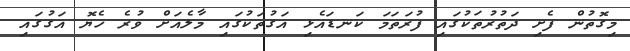
މިގޮތުން ފެށި ދަތުރުތަކުގައި ފުރަތަމަ ކަނޑައެޅި އަގުތަކުގައި މާލެއަށް ވުރެ ހެޔޮ އަގުގައި